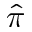
\hat { \pi }